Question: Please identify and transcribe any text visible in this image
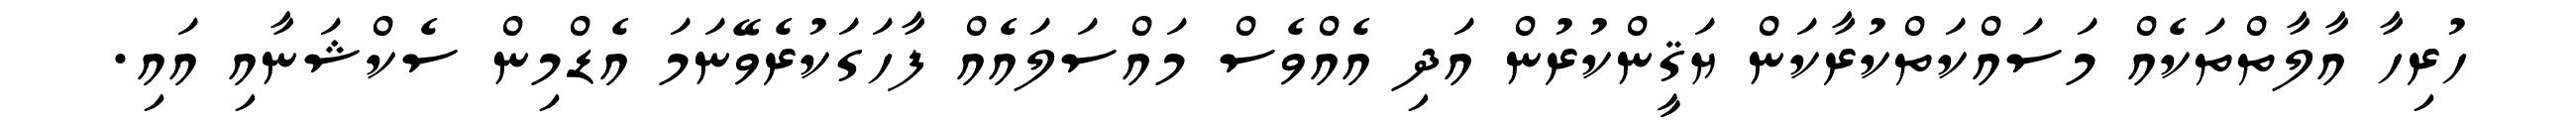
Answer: ހުރިހާ އާލާތްތަކެއް މަސައްކަތްކުރާކަން ޔަޤީންކުރުން އަދި އެއްވެސް މައްސަލައެއް ފާހަގަކުރެވޭނަމަ އެޑްމިން ސެކްޝަނާއި އައި.